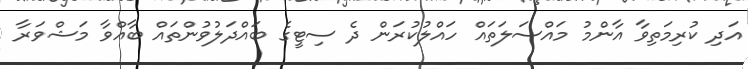
އަދި ކުރިމަތިވާ އާންމު މައްސަލަތައް ހައްލުކުރަން ދެ ސިޓީގެ ބައްދަލުވުންތައް ބާއްވާ މަޝްވަރާ